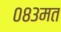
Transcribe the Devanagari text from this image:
०८३मत